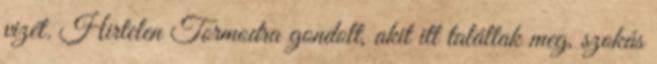
vizét. Hirtelen Tormodra gondolt, akit itt találtak meg, szokás